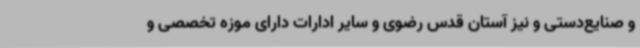
و صنایع‌دستی و نیز آستان قدس رضوی و سایر ادارات دارای موزه تخصصی و